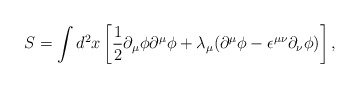
\begin{align*}S=\int d^{2}x\left[{\frac 1 2}{\partial}_{\mu}{\phi}{\partial}^{\mu}{\phi}+{\lambda}_{\mu}({\partial}^{\mu}{\phi}-{\epsilon}^{{\mu}{\nu}}{\partial}_{\nu}{\phi})\right],\end{align*}